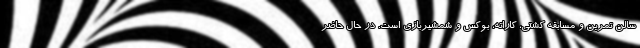
سالن تمرین و مسابقه کشتی، کاراته، بوکس و شمشیربازی است. در حال حاضر